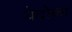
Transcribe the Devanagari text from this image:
वेदोका